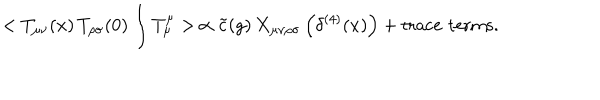
LaTeX: < T _ { \mu \nu } ( x ) \, T _ { \rho \sigma } ( 0 ) \int T _ { \mu } ^ { \mu } > \, \propto \tilde { c } ( g ) \, X _ { \mu \nu \rho \sigma } \left( \delta ^ { ( 4 ) } ( x ) \right) + \mathrm { t r a c e \, \, t e r m s . }